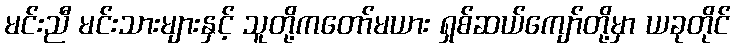
မင်းညီ မင်းသားများနှင့် သူတို့ကတော်မယား ရှစ်ဆယ်ကျော်တို့မှာ ယခုတိုင်